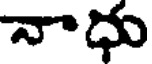
నాధు